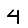
Digit: 4